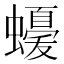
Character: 𮕈